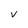
Character: v